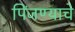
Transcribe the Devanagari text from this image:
पिंजण्याचे